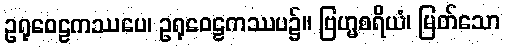
ဥရုဝေဠကဿပေ၊ ဥရုဝေဠကဿပ၌။ ဗြဟ္မစရိယံ၊ မြတ်သော